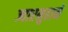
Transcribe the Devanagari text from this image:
ज्वारमुहाने